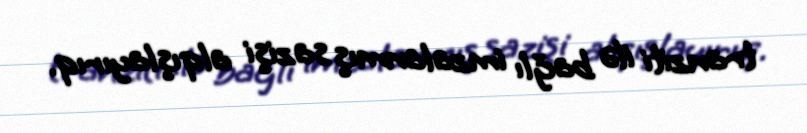
tranziti ilə bağlı imzalanmış sazişi alqışlayırıq.